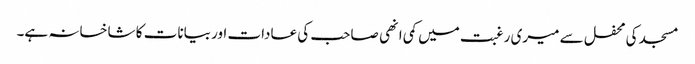
مسجد کی محفل سے میری رغبت میں کمی انھی صاحب کی عادات اور بیانات کا شاخسانہ ہے۔